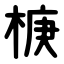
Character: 椩